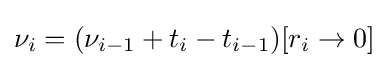
\nu _{i}=(\nu _{i-1}+t_{i}-t_{i-1})[r_{i}\rightarrow 0]